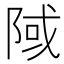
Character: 䧕